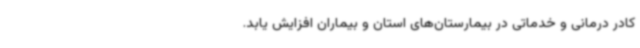
کادر درمانی و خدماتی در بیمارستان‌های استان و بیماران افزایش یابد.